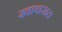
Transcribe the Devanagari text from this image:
खाचरात